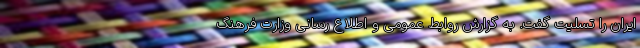
ایران را تسلیت گفت. به گزارش روابط عمومی و اطلاع رسانی وزارت فرهنگ